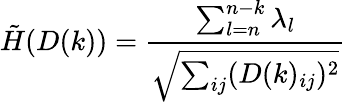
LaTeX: \tilde{H}(D(k))=\frac{\sum_{l=n}^{n-k}\lambda_{l}}{\sqrt{\sum_{ij}(D(k)_{ij})^{2}}}